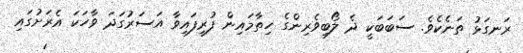
ރަނގަޅު ތަނެކެވެ. ސަބަބަކީ ދެ ލޯބިވެރިންގެ ހިތާމައިން ފުރިފައިވާ އަސަރުގަދަ ވާހަކަ އެރަށުގައި